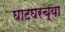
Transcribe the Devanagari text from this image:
घाटघरच्या